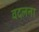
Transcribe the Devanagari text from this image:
वदलना